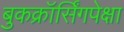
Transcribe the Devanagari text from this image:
बुकक्रॉर्सिंगपेक्षा